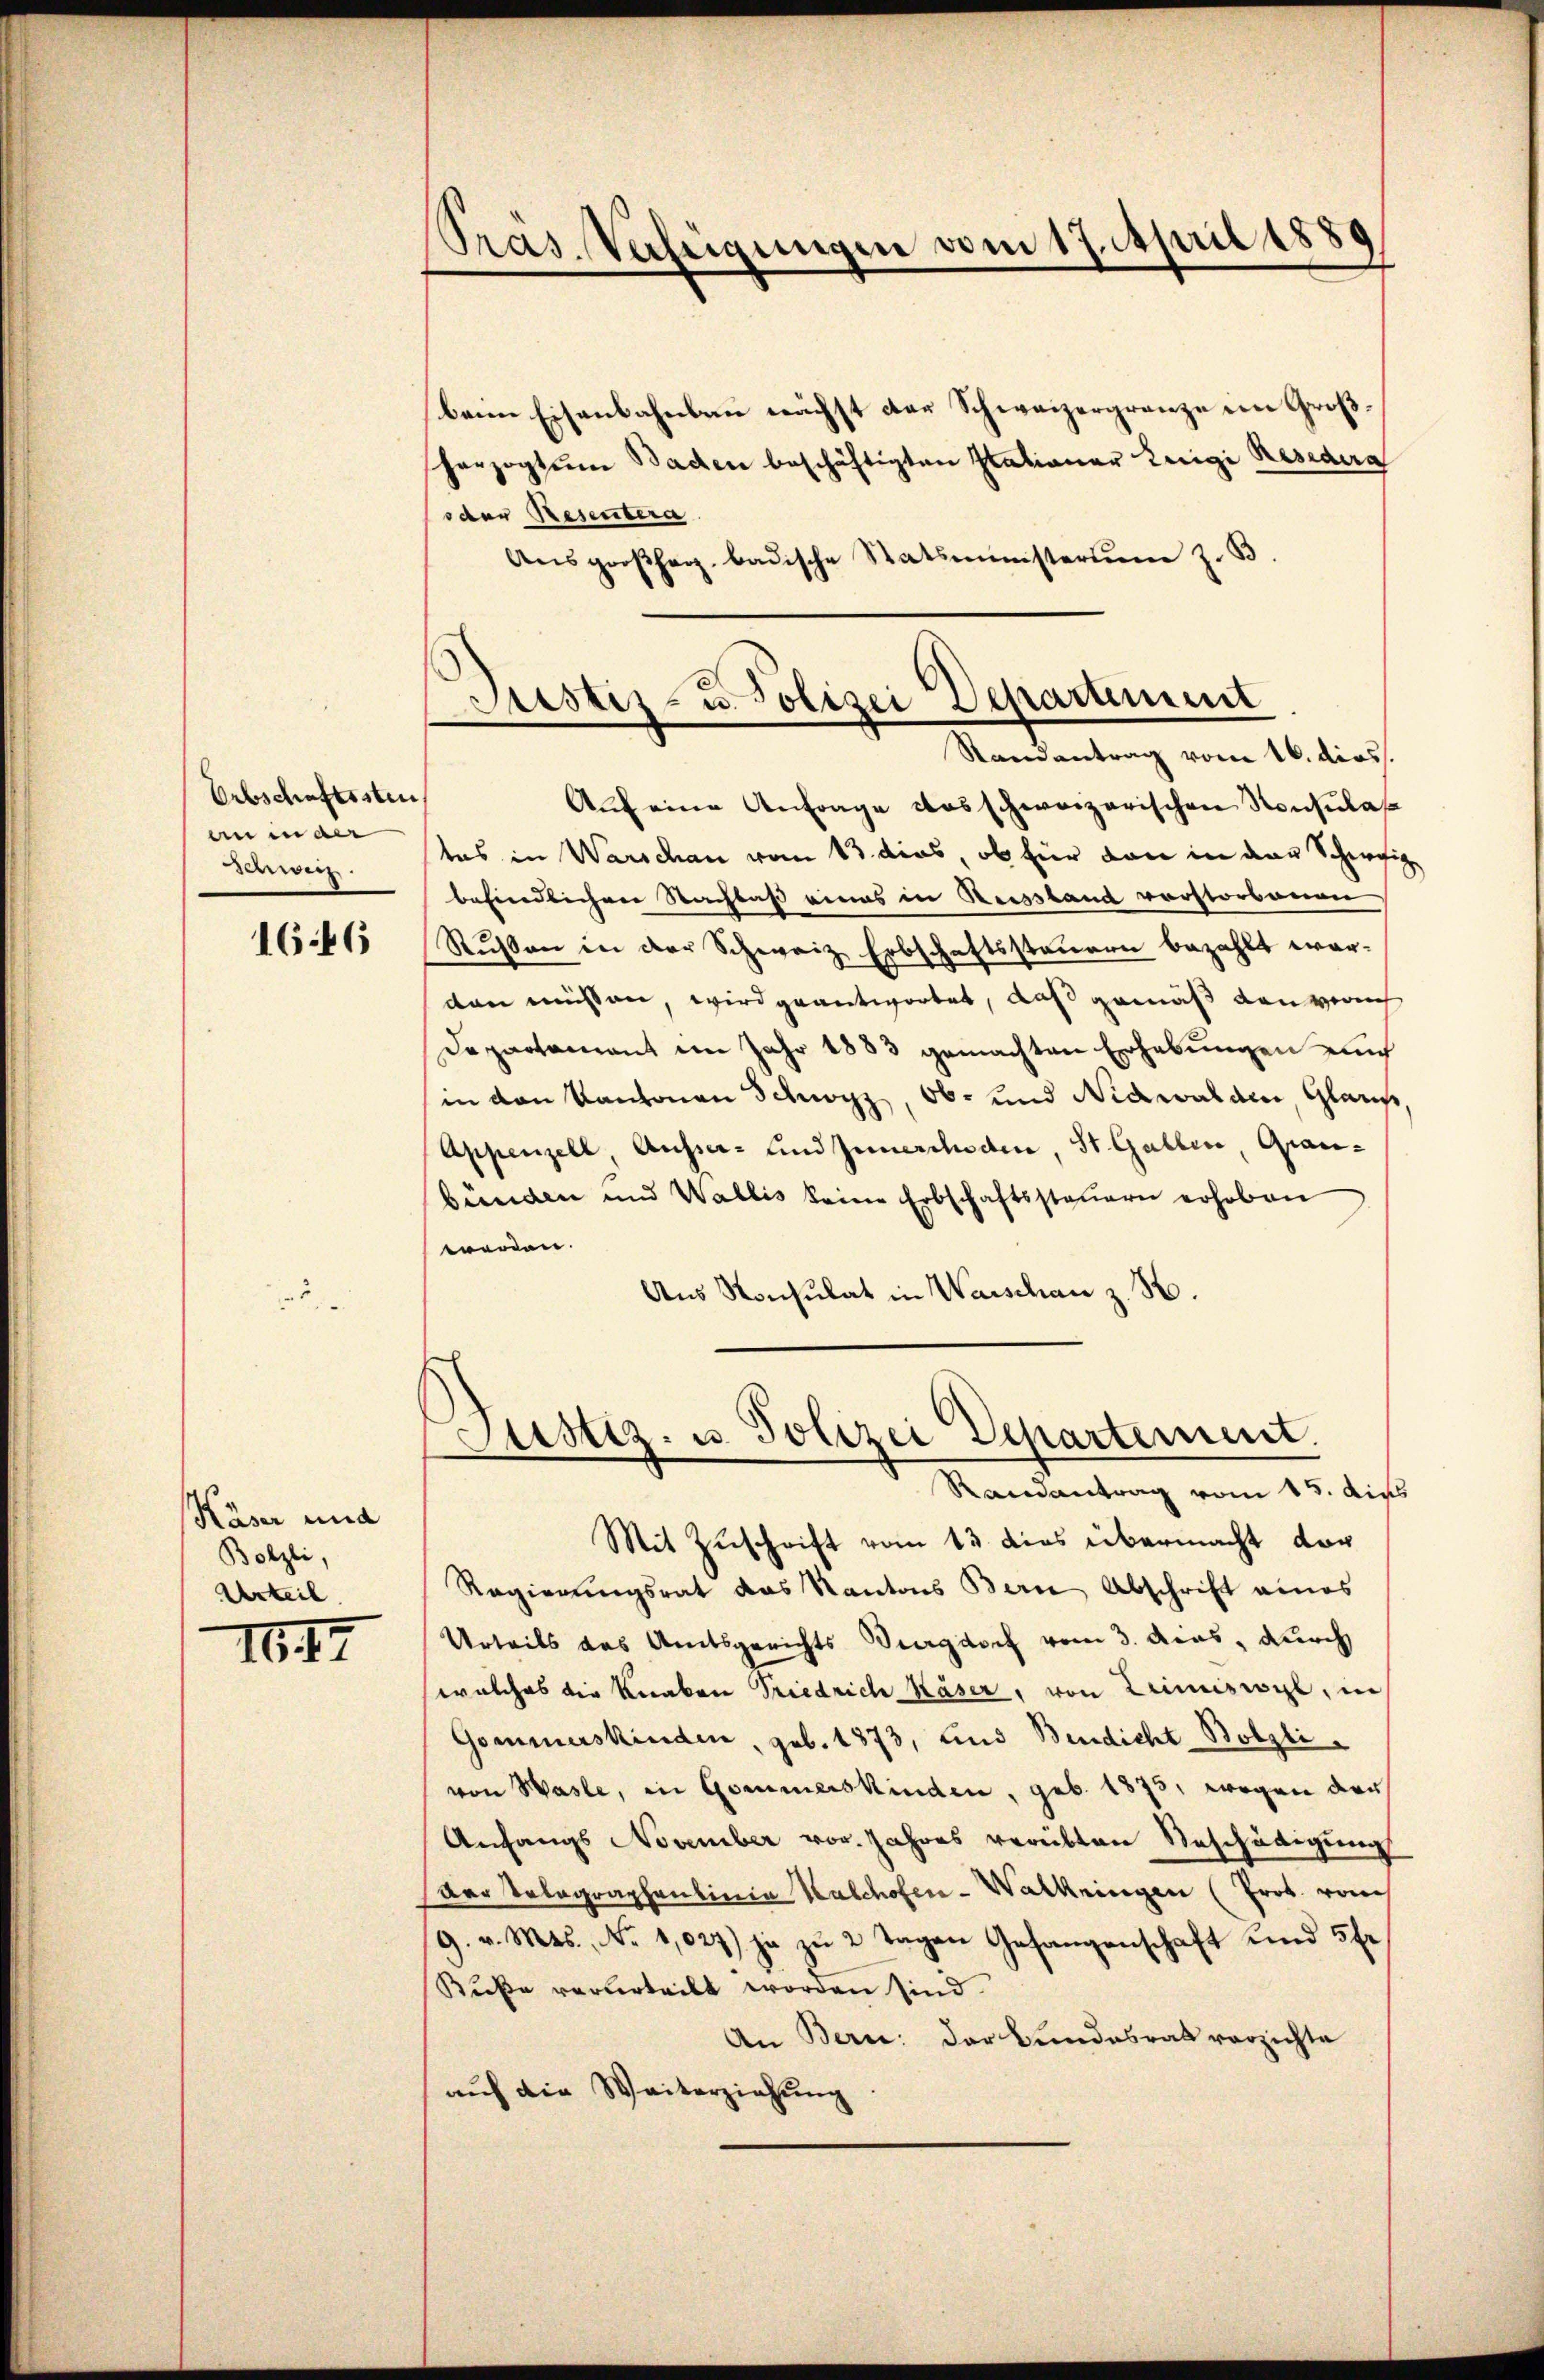
Urbschaftssten
anmaer
denweiz.

1646

Käser und
Bolzli,
Urteil

I647

Pras. Verfügungen vom 17. April 1889

beim Eisenbahnbau nächst der Schweizergrenze im Großherzogtum Baden beschäftigten Stationer Luigi Resedera
sder Resentera
Aŭsgroßherz badische Statsministerim z. B.
Aŭf eine Anfrage das schweizerischen Konsulas
tes in Warschau vom 13. dies, ob für dan in der Schweibefindlichen Nachbas eines in Reisstand verstorbenen
Rußen in der Schweiz Erbschaftssteuern bezahlt worden müssen, wird geantwortet, daß gemäß den verach
Departamant im Jahr 1883 gemachten Erhebungen auch
in den Kantonen Schwyz, Ob- und Nidwalden, Glau
Appenzell, Ausser- und Innerchoden, St. Gallen, Granbünden und Wallis keine Erbschaftssteŭern erhoben
werden.
Aus Konsulat in Warschan z. B.
Justiz- u. Polizei Departement.
Rainantrag vom 15. die
Mit Zuschrift vom 13 dies übermacht dar
Regierungsrat das Kantons Bern Abschrift eines
Urteils das Amtsgerichts Burgdorf vom 3. Acas, durch
welches die Knaben Friedrich Käser, von Krimiswyl, in
Gommerskinden, geb. 1873, und Bindicht Bolzlivon Wasle, in Gommerskinden, geb. 1873, wegen der
Anfangs November vor. Jahres verübten Beschädigung
Der Telegraphenlinia Kalchofen-Walkringen (Prov. von
9. v. Mts., No 1,027) ja zu 2 Tagen Gefangenschaft und 5 fr.
Buße verurteilt worden sind.
An Bern: der Bundesrat verzichte
auf die Weiterziehung

Justiz- u. Polizei Departement
Randantrag vom 16. dies